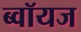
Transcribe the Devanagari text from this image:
ब्‍वॉयज